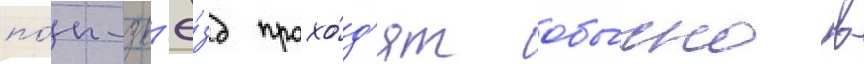
по́п-зв'ё́зд прохо́д'ят обы́чно в